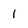
Character: 1